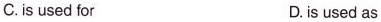
C. is used for D. is used as